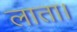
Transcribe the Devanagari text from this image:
लाता।